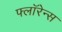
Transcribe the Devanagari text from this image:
फ्लाॅरेन्स